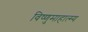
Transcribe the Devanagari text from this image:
विष्णुमाहात्म्य